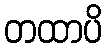
တထာပိ